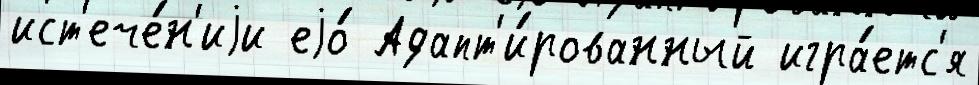
ист'ече́н'иjи еjо́ Адапт'и́рованный игра́етс'я